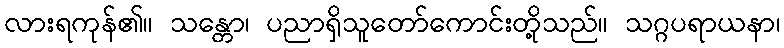
လားရကုန်၏။ သန္တော၊ ပညာရှိသူတော်ကောင်းတို့သည်။ သဂ္ဂပရာယနာ၊